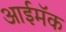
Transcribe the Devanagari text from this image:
आईमॅक